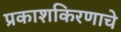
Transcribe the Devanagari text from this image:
प्रकाशकिरणाचे